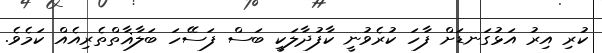
ކުރި އިރު އަޅުގަނޑަށް ފާހަ ކުރެވުނީ ކާފުދާލަކީ ބަސް ފަސޭހަ ބަލާޣާތްތެރިއެއް ކަމެވެ.